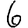
Digit: 6